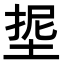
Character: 𭎵